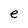
Character: e